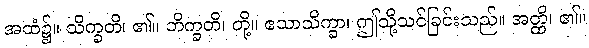
အထံ၌။ သိက္ခတိ၊ ၏။ ဘိက္ခတိ၊ တို့။ ဧသာသိက္ခာ၊ ဤသို့သင်ခြင်းသည်။ အတ္ထိ၊ ၏။